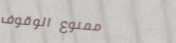
ممنوع الوقوف